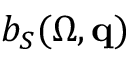
b _ { S } ( \Omega , { \bf q } )